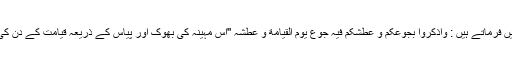
رسول خدا(ص)خطبۂ شعبانیہ میں فرماتے ہیں : واذکروا بجوعکم و عطشکم فیہ جوع یوم القیامة و عطشہ ''اس مہینہ کی بھوک اور پیاس کے ذریعہ قیامت کے دن کی بھوک اور پیاس کو یاد کرو ''۔